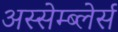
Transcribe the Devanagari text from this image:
अस्सेम्ब्लेर्स